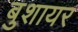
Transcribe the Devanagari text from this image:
बुशायर